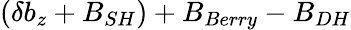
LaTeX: (\delta b_{z}+B_{SH})+B_{Berry}-B_{DH}